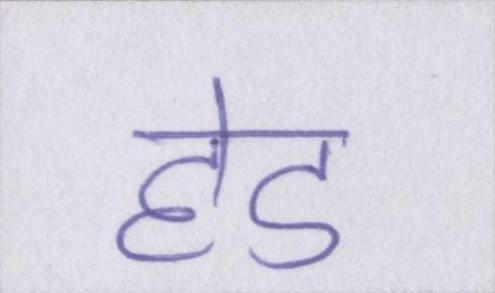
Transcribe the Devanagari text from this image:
हेड